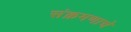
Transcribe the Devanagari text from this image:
संक्रमणाचे